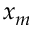
x _ { m }